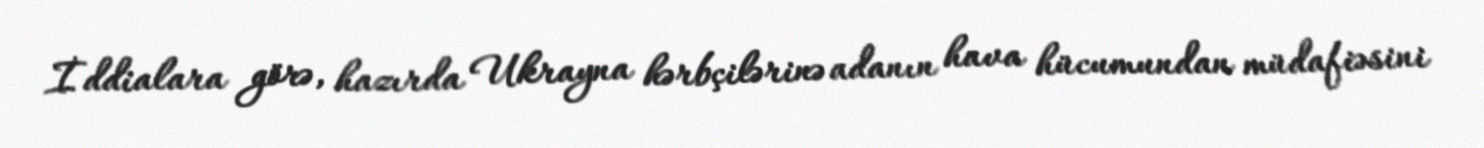
İddialara görə, hazırda Ukrayna hərbçilərinə adanın hava hücumundan müdafiəsini